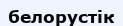
белорустік